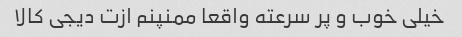
خیلی خوب و پر سرعته واقعا ممنپنم ازت دیجی کالا